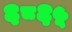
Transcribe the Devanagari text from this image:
६८६५